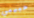
حبيبي